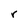
Character: r